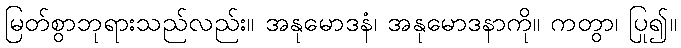
မြတ်စွာဘုရားသည်လည်း။ အနုမောဒနံ၊ အနုမောဒနာကို။ ကတွာ၊ ပြု၍။